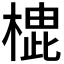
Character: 𪳡